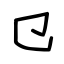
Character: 㔾